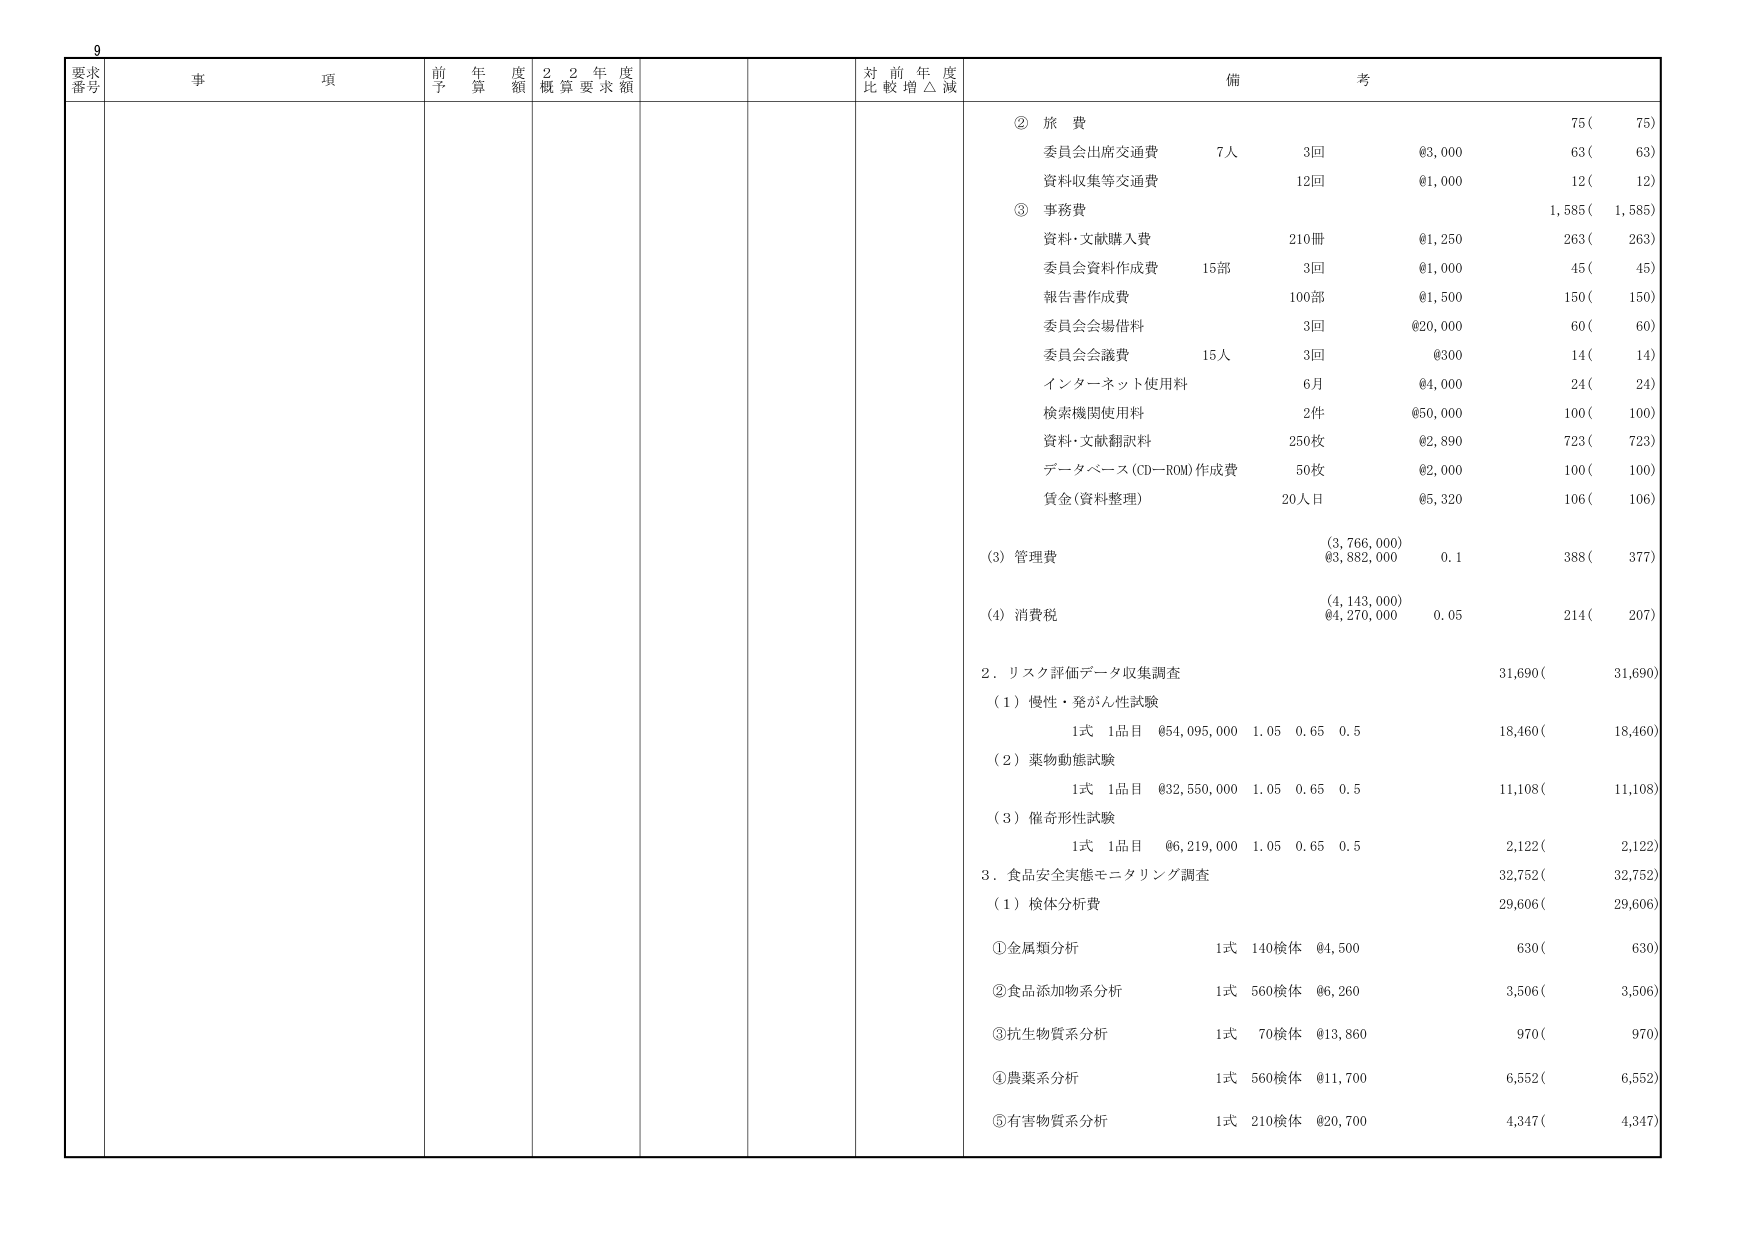
要求番号
事項
前年度予算額
22年度概算要求額
対前年度比較増△減
備考
② 旅費
75( 75)
委員会出席交通費 7人 3回 @3,000 63( 63)
資料収集等交通費 12回 @1,000 12( 12)
③ 事務費 1,585( 1,585)
資料・文献購入費 210冊 @1,250 263( 263)
委員会資料作成費 15部 3回 @1,000 45( 45)
報告書作成費 100部 @1,500 150( 150)
委員会会場借料 3回 @20,000 60( 60)
委員会会議費 15人 3回 @300 14( 14)
インターネット使用料 6月 @4,000 24( 24)
検索機関使用料 2件 @50,000 100( 100)
資料・文献翻訳料 250枚 @2,890 723( 723)
データベース(CD-ROM)作成費 50枚 @2,000 100( 100)
賃金(資料整理) 20人日 @5,320 106( 106)
(3) 管理費 (3,766,000) @3,882,000 0.1 388( 377)
(4) 消費税 (4,143,000) @4,270,000 0.05 214( 207)
2. リスク評価データ収集調査 31,690( 31,690)
(1) 慢性・発がん性試験
1式 1品目 @54,095,000 1.05 0.65 0.5 18,460( 18,460)
(2) 薬物動態試験
1式 1品目 @32,550,000 1.05 0.65 0.5 11,108( 11,108)
(3) 催奇形性試験
1式 1品目 @6,219,000 1.05 0.65 0.5 2,122( 2,122)
3. 食品安全実態モニタリング調査 32,752( 32,752)
(1) 検体分析費 29,606( 29,606)
①金属類分析 1式 140検体 @4,500 630( 630)
②食品添加物系分析 1式 560検体 @6,260 3,506( 3,506)
③抗生物質系分析 1式 70検体 @13,860 970( 970)
④農薬系分析 1式 560検体 @11,700 6,552( 6,552)
⑤有害物質系分析 1式 210検体 @20,700 4,347( 4,347)